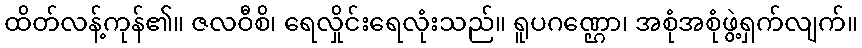
ထိတ်လန့်ကုန်၏။ ဇလဝီစိ၊ ရေလှိုင်းရေလုံးသည်။ ရူပဂဏ္ဌော၊ အစုံအစုံဖွဲ့ရှက်လျက်။